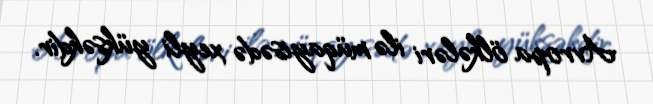
Avropa ölkələri ilə müqayisədə xeyli yüksəkdir.